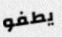
يطفو